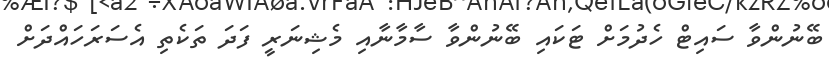
ބޭނުންވާ ސައިޓް ހެދުމަށް ޓަކައި ބޭނުންވާ ސާމާނާއި މެޝިނަރީ ފަދަ ތަކެތި އެސަރަހައްދަށް